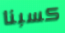
كسبنا